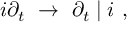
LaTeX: i \partial _ { t } ~ \rightarrow ~ \partial _ { t } \mid i ~ ,